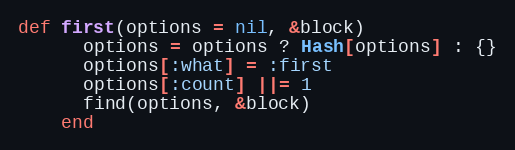
Language: Ruby
def first(options = nil, &block)
      options = options ? Hash[options] : {}
      options[:what] = :first
      options[:count] ||= 1
      find(options, &block)
    end